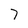
Character: 7